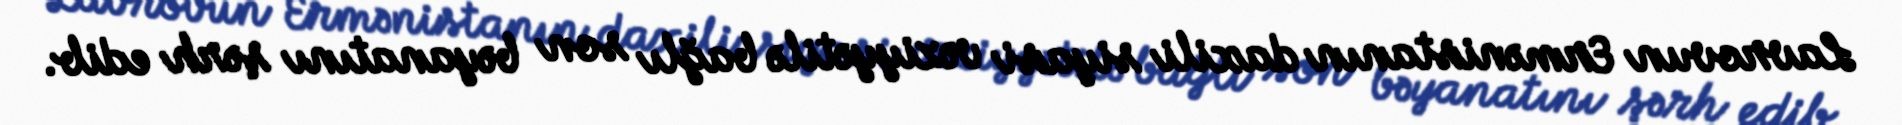
Lavrovun Ermənistanın daxili siyasi vəziyyətilə bağlı son bəyanatını şərh edib.